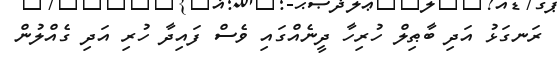
ރަނގަޅު އަދި ބާޠިލް ހުރިހާ ދީނެއްގައި ވެސް ފައިދާ ހުރި އަދި ގެއްލުން